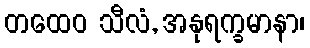
တထေဝ သီလံ, အနုရက္ခမာနာ၊